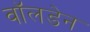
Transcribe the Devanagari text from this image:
वॉलडेन